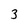
Character: 3